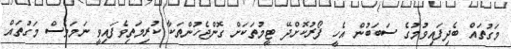
މަގުތައް ބެދިފައިވުމުގެ ސަބަބުން އެހީ ފޯރުކޮށްދޭ ޓީމުތަކަށް ގޮންޖެހުންތަކާ ކުރިމަތިވެފައިވީ ނަމަވެސް މަގުތައް